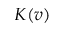
K ( v )